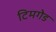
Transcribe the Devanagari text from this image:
टिमगेड